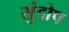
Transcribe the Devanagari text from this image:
सुंदोप